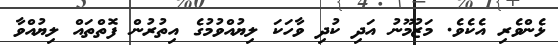
ޅެންވެރި އެކެވެ. މަޒުމޫނު އަދި ކުދި ވާހަކަ ލިޔުއްވުމުގެ އިތުރުން ފޮތްތައް ލިޔުއްވާ